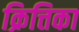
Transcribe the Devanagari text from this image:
क्रित्तिका